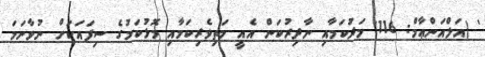
' (އަލްއަންޢާމް: 116) މަދުކަމާއި ނާދިރުކަން އެއީ މަތިވެރިކަމާއި މޮޅުކަމުގެ ސިފައަކަށް ނުވާނަމަ